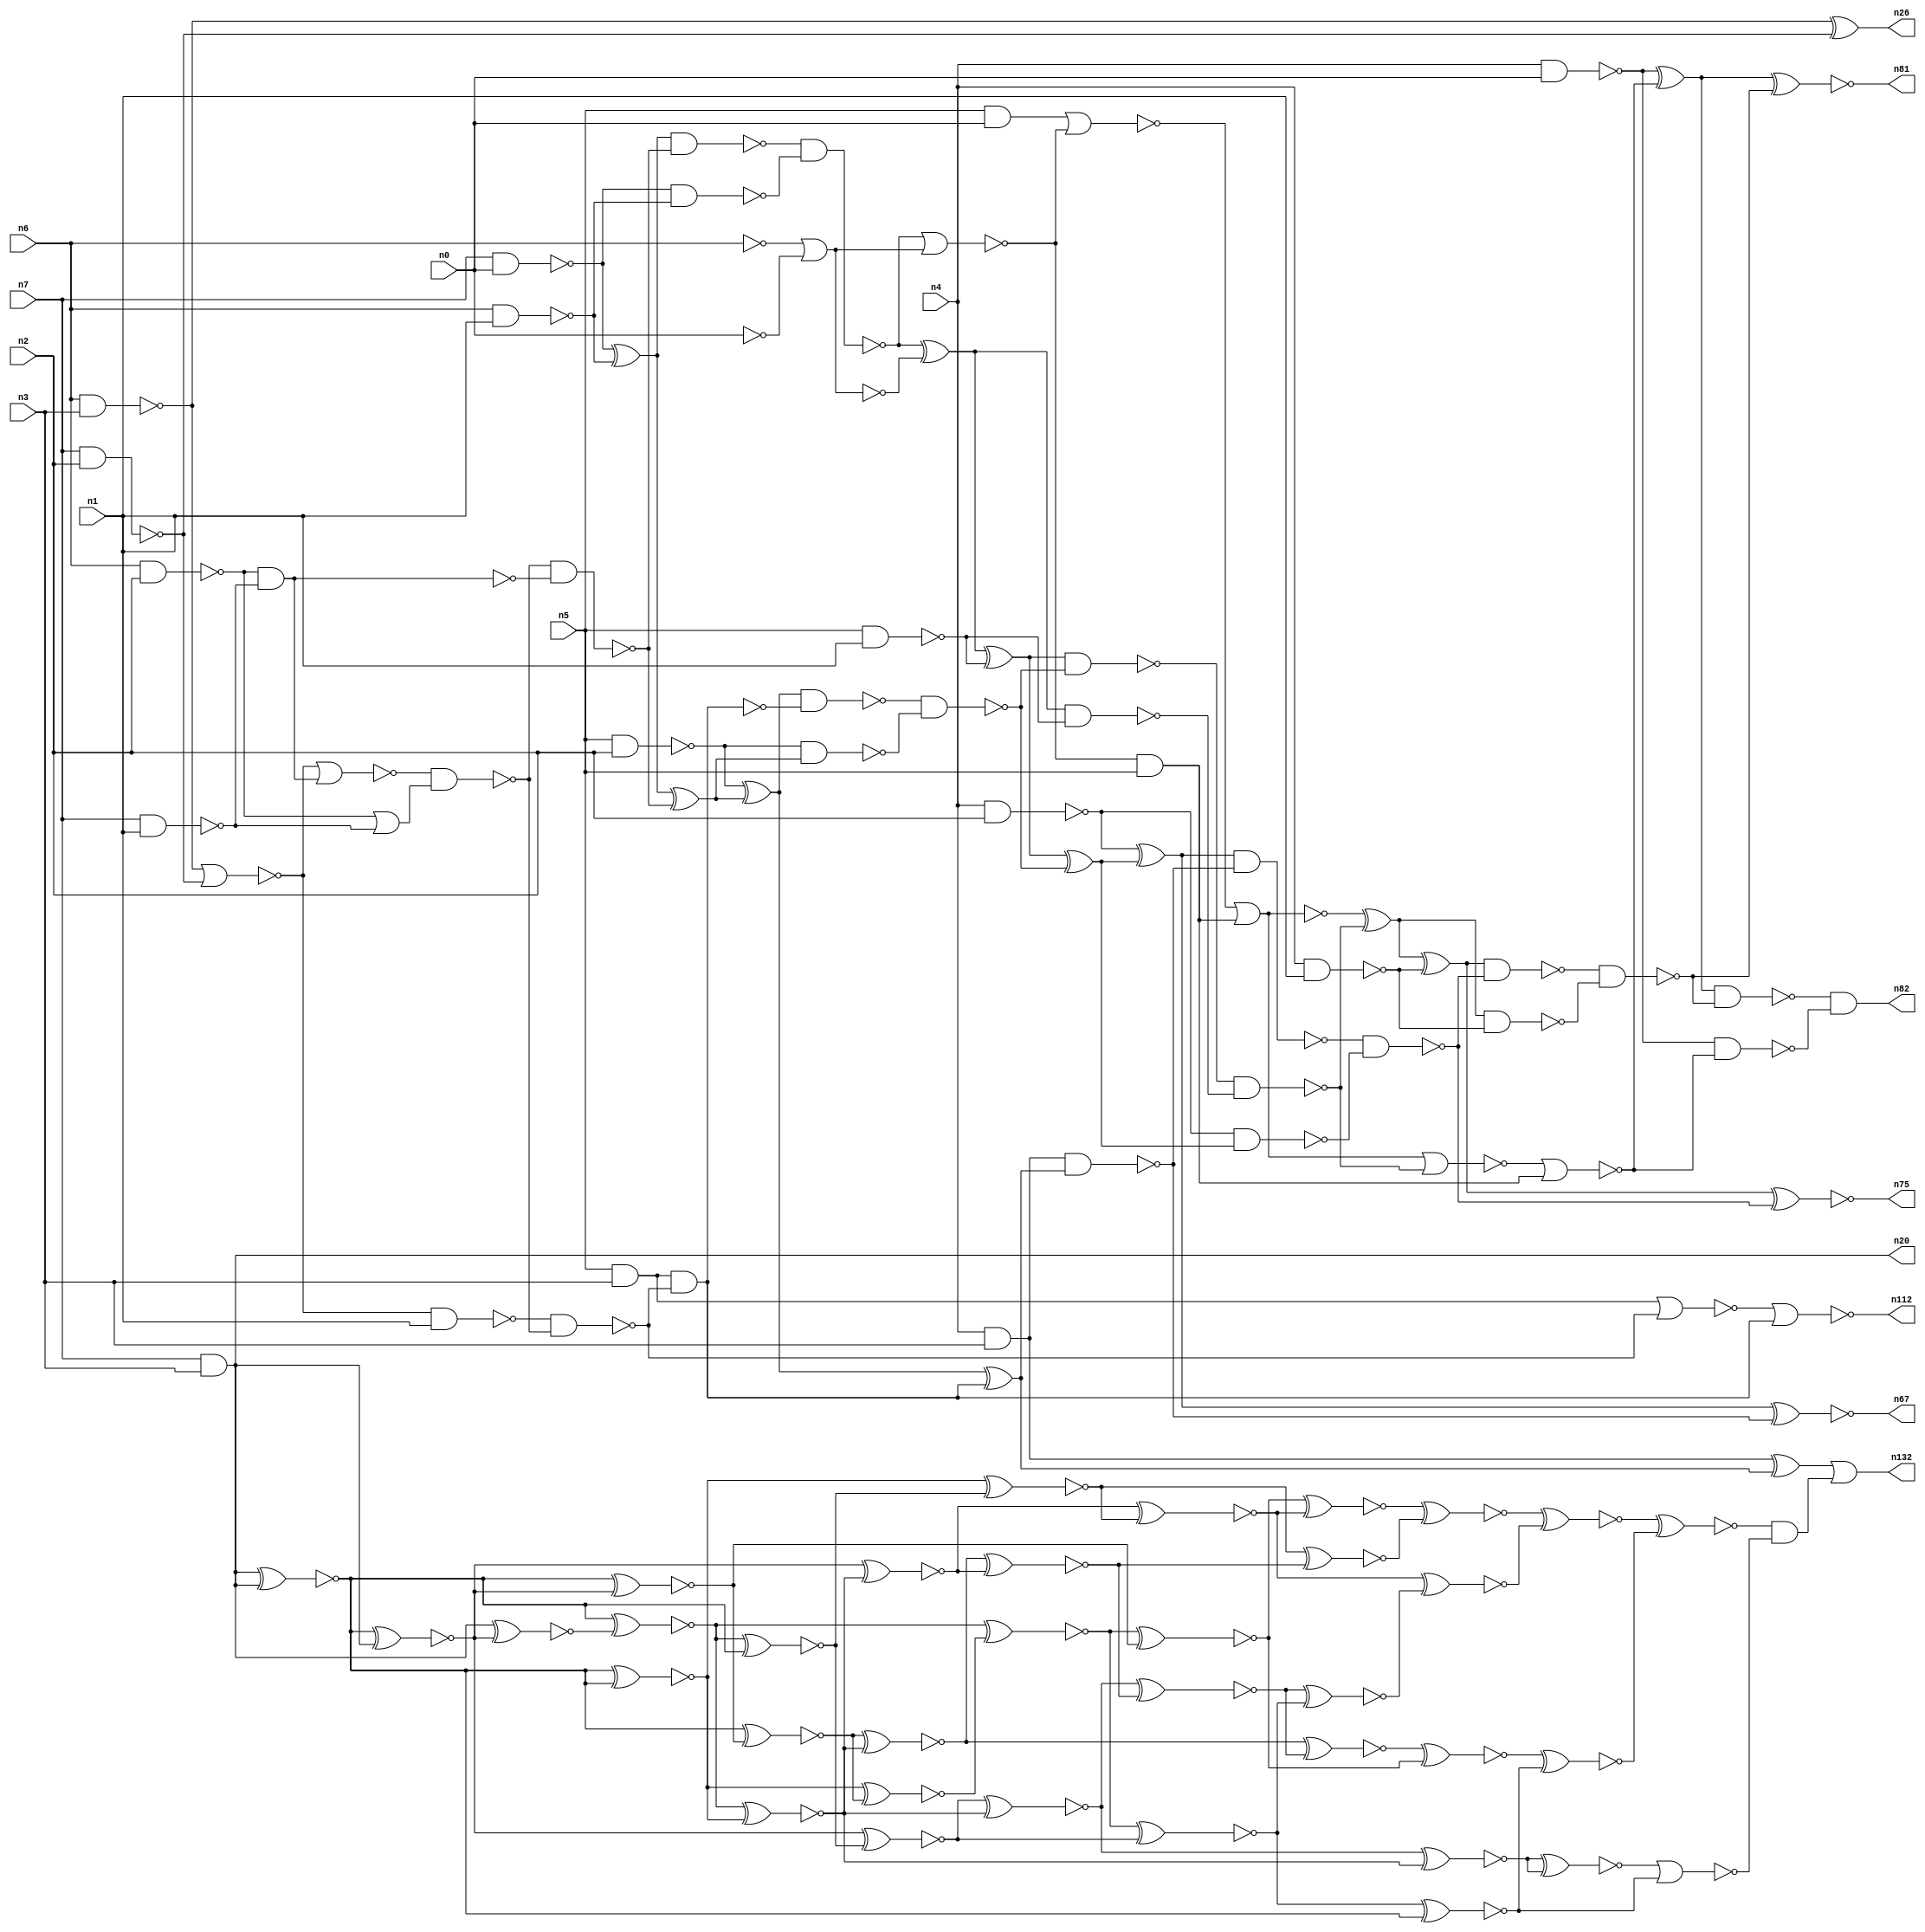
// This program was cloned from: https://github.com/umar-afzaal/ReCkt
// License: MIT License

// This file contains a pareto-optimal circuit with respect to area and the fault-resilince parameter p_fault which is defined as:
// "For all input vectors, the ratio of the no. of faults observable at the POs to the no. of total possible faults in the circuit".
// This code is part of the ReCkt library (https://github.com/umar-afzaal/ReCkt) distributed under The MIT License.
// When used, please cite the following article(s):
// U. Afzaal, A.S. Hassan, M. Usman and J.A. Lee, "On the Evolutionary Synthesis of Increased Fault-resilience Arithmetic Circuits".

// p_fault = 54.5 %    (Lower is better)
// gates = 122.0
// levels = 17
// area = 166.35    (For MCNC library relative to nand2)
// power = 1172.5 uW    (Berkely-SIS for MCNC library @ Vdd=5V and 20 MHz clock)
// delay = 31.4 ns    (Berkely-ABC for MCNC library)
// PDP = 3.68165e-11 J

// Pin mapping:
// {n0, n1, n2, n3} = A[3:0]
// {n4, n5, n6, n7} = B[3:0]
// {n82, n81, n75, n67, n132, n112, n26, n20} = O[7:0]

module mult4u_area_95 (
n0, n1, n2, n3, n4, n5, n6, n7, 
n82, n81, n75, n67, n132, n112, n26, n20
);

input n0, n1, n2, n3, n4, n5, n6, n7;
output n82, n81, n75, n67, n132, n112, n26, n20;
wire n119, n95, n120, n16, n73, n122, n77, n113, n41, n40, n108, n38, n78, n117, n76, n106, n46, n50, n51, n83, 
n15, n114, n66, n129, n111, n36, n35, n18, n99, n32, n13, n21, n103, n101, n64, n92, n94, n57, n65, n115, 
n90, n33, n10, n17, n70, n93, n118, n107, n116, n97, n96, n109, n61, n19, n58, n68, n24, n74, n44, n62, 
n121, n60, n28, n89, n91, n59, n80, n100, n27, n105, n79, n69, n104, n45, n71, n98, n25, n14, n43, n8, 
n88, n126, n86, n39, n34, n37, n130, n31, n125, n42, n48, n123, n52, n124, n56, n54, n12, n63, n30, n22, 
n110, n85, n11, n49, n29, n9, n72, n47, n55, n53, n23, n87, n102, n84;

not (n8, n0);
nand (n9, n6, n2);
nand (n10, n5, n1);
nand (n11, n4, n2);
nand (n12, n7, n2);
nand (n13, n4, n0);
nand (n14, n7, n1);
and (n15, n5, n0);
nand (n16, n4, n3);
nand (n17, n6, n3);
and (n18, n5, n3);
nand (n19, n6, n1);
and (n20, n7, n3);
nand (n21, n4, n1);
not (n22, n6);
nand (n23, n7, n0);
nand (n24, n5, n2);
xor (n25, n23, n19);
xor (n26, n17, n12);
and (n27, n9, n14);
or (n28, n9, n14);
nand (n29, n23, n19);
not (n30, n16);
nor (n31, n22, n8);
nor (n32, n17, n12);
not (n33, n27);
nor (n34, n32, n27);
not (n35, n31);
nand (n36, n32, n1);
nand (n37, n34, n28);
nand (n38, n36, n37);
nand (n39, n37, n33);
nand (n40, n18, n38);
nor (n41, n18, n38);
nand (n42, n25, n39);
xor (n43, n25, n39);
nand (n44, n24, n43);
xor (n45, n24, n43);
nand (n46, n42, n29);
not (n47, n40);
xor (n48, n45, n47);
nand (n49, n45, n40);
xor (n50, n46, n31);
nor (n51, n41, n47);
nor (n52, n46, n35);
nor (n53, n15, n52);
xor (n54, n50, n10);
nand (n55, n50, n10);
xor (n56, n30, n48);
and (n57, n52, n5);
nand (n58, n30, n48);
nand (n59, n49, n44);
xor (n60, n54, n59);
nand (n61, n54, n59);
nor (n62, n53, n57);
not (n63, n62);
nand (n64, n11, n60);
xor (n65, n11, n60);
nand (n66, n61, n55);
xnor (n67, n65, n58);
nor (n68, n63, n66);
xor (n69, n62, n66);
nand (n70, n65, n58);
xor (n71, n69, n21);
nand (n72, n69, n21);
nand (n73, n70, n64);
nor (n74, n68, n57);
xnor (n75, n71, n73);
nand (n76, n71, n73);
xor (n77, n13, n74);
nand (n78, n13, n74);
nand (n79, n76, n72);
nand (n80, n77, n79);
xnor (n81, n77, n79);
and (n82, n80, n78);
xnor (n83, n20, n20);
xnor (n84, n20, n20);
xnor (n85, n20, n20);
xnor (n86, n20, n20);
xnor (n87, n20, n20);
xnor (n88, n87, n20);
xnor (n89, n20, n20);
xnor (n90, n20, n88);
xnor (n91, n20, n86);
xnor (n92, n85, n90);
xnor (n93, n92, n84);
xnor (n94, n84, n89);
xnor (n95, n83, n91);
xnor (n96, n89, n83);
xnor (n97, n85, n95);
xnor (n98, n90, n87);
xnor (n99, n92, n96);
xnor (n100, n94, n97);
xnor (n101, n94, n93);
xnor (n102, n98, n100);
xnor (n103, n98, n96);
xnor (n104, n91, n93);
xnor (n105, n88, n103);
xnor (n106, n97, n103);
xnor (n107, n102, n95);
xnor (n108, n105, n101);
xnor (n109, n106, n105);
xnor (n110, n104, n99);
xnor (n111, n102, n104);
and (n112, n51, n51);
xnor (n113, n110, n109);
xnor (n114, n111, n86);
xnor (n115, n110, n99);
xnor (n116, n106, n113);
xnor (n117, n113, n111);
xnor (n118, n108, n117);
xnor (n119, n116, n107);
xnor (n120, n101, n109);
xnor (n121, n107, n108);
xnor (n122, n121, n120);
xnor (n123, n122, n118);
xnor (n124, n119, n114);
xnor (n125, n115, n115);
nor (n126, n125, n114);
xnor (n129, n123, n124);
and (n130, n129, n126);
or (n132, n56, n130);

endmodule